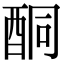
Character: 酮